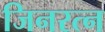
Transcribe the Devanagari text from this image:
जिनरत्न